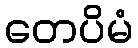
တေပိမံ